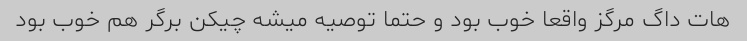
هات داگ مرگز واقعا خوب بود و حتما توصیه میشه چیکن برگر هم خوب بود